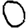
Digit: 0